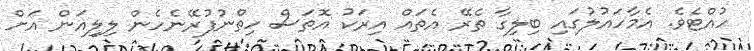
ހުއްޓެވެ. އެމާހައުލުގައި ބިލިގާ ތެރޭ އެތައް އިރަކު އޮތަސް ހިތްނުފުރޭނެހެން ލިލިއަން އަށް